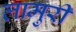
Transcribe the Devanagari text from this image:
लामुरी